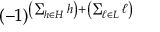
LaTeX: ( - 1 ) ^ { \left( \sum _ { h \in H } h \right) + \left( \sum _ { \ell \in L } \ell \right) }